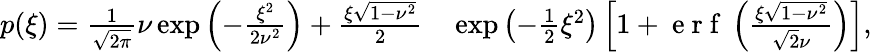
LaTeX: \begin{array}{rl}{p(\xi)=\frac{1}{\sqrt{2\pi}}\nu\exp\left(-\frac{\xi^{2}}{2\nu^{2}}\right)+\frac{\xi\sqrt{1-\nu^{2}}}{2}}&{{}\exp\left(-\frac{1}{2}\xi^{2}\right)\left[1+\mathrm{~e~r~f~}\left(\frac{\xi\sqrt{1-\nu^{2}}}{\sqrt{2}\nu}\right)\right],}\end{array}